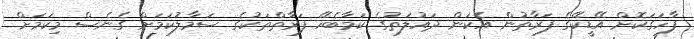
ފާހަގަކޮށް އޭޑީކޭގެ ފަރާތުން އެކަން ދައުލަތުގެ ކަމާބެހޭ ފަރާތްތަކުގެ ސަމާލުކަމަށް ގެނެސް މިކަމަށް